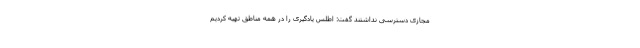
مجازی دسترسی نداشتند گفت: اطلس یادگیری را در همه مناطق تهیه کردیم